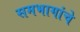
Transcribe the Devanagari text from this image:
समभागांचे